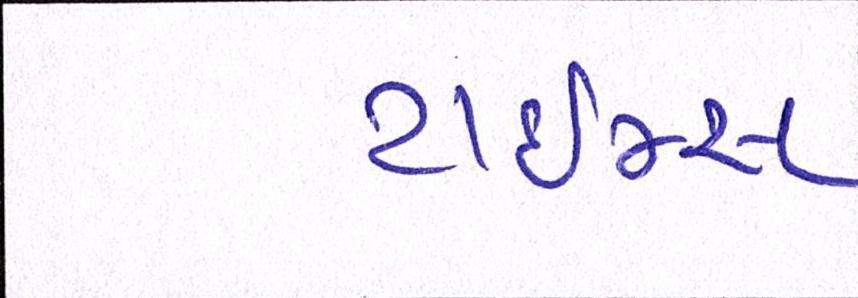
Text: ટાઈમ્સ